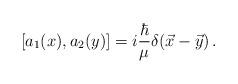
LaTeX: \begin{align*}[a_1(x), a_2(y)] = i {\hbar \over \mu}\delta(\vec x - \vec y)\,.\end{align*}